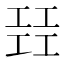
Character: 㠭